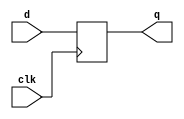
/* Standard include file for EECS151.

 The "no flip-flop inference" policy.  Instead of using flip-flop and
 register inference, all EECS151/251A Verilog specifications will use
 explicit instantiation of register modules (defined below).  This
 policy will apply to lecture, discussion, lab, project, and problem
 sets.  This way of specification matches our RTL model of circuit,
 i.e., all specifications are nothing but a set of interconnected
 combinational logic blocks and state elements.  The goal is to
 simplify the use of Verilog and avoid mistakes that arise from
 specifying sequential logic.  Also, we can eliminate the explicit use
 of the non-blocking assignment "<=", and the associated confusion
 about blocking versus non-blocking.

 Here is a draft set of standard registers for EECS151.  All are
 positive edge triggered.  R and CE represent synchronous reset and
 clock enable, respectively. Both are active high.

 REGISTER 
 REGISTER_CE
 REGISTER_R
 REGISTER_R_CE
*/

// Register of D-Type Flip-flops
module REGISTER(q, d, clk);
   parameter N = 1;
   output reg [N-1:0] q;
   input [N-1:0]      d;
   input 	     clk;
   always @(posedge clk)
    q <= d;
endmodule // REGISTER

// Register with clock enable
module REGISTER_CE(q, d, ce, clk);
   parameter N = 1;
   output reg [N-1:0] q;
   input [N-1:0]      d;
   input 	      ce, clk;
   always @(posedge clk)
     if (ce) q <= d;
endmodule // REGISTER_CE

// Register with reset value
module REGISTER_R(q, d, rst, clk);
   parameter N = 1;
   parameter INIT = {N{1'b0}};
   output reg [N-1:0] q;
   input [N-1:0]      d;
   input 	      rst, clk;
   always @(posedge clk)
     if (rst) q <= INIT;
     else q <= d;
endmodule // REGISTER_R

// Register with reset and clock enable
//  Reset works independently of clock enable
module REGISTER_R_CE(q, d, rst, ce, clk);
   parameter N = 1;
   parameter INIT = {N{1'b0}};
   output reg [N-1:0] q;
   input [N-1:0]      d;
   input 	      rst, ce, clk;
   always @(posedge clk)
     if (rst) q <= INIT;
     else if (ce) q <= d;
endmodule // REGISTER_R_CE


/* 
 Memory Blocks.  These will simulate correctly and synthesize
 correctly to memory resources in the FPGA flow.  Eventually, will
 need to make an ASIC version.
*/

// Single-ported RAM with asynchronous read
module RAM(q, d, addr, we, clk);
   parameter DWIDTH = 8;               // Data width
   parameter AWIDTH = 8;               // Address width
   parameter DEPTH = 256;              // Memory depth
   input [DWIDTH-1:0] d;               // Data input
   input [AWIDTH-1:0] addr;            // Address input
   input 	      we, clk;
   reg [DWIDTH-1:0]   mem [DEPTH-1:0];
   output [DWIDTH-1:0] q;
   always @(posedge clk)
      if (we) mem[addr] <= d;
   assign d = mem[addr];
endmodule // RAM

/*
 To add: multiple ports, synchronous read, ASIC synthesis support.
 */